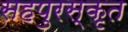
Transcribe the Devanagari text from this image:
सहपुरस्कृत